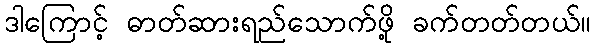
ဒါကြောင့် ဓာတ်ဆားရည်သောက်ဖို့ ခက်တတ်တယ်။